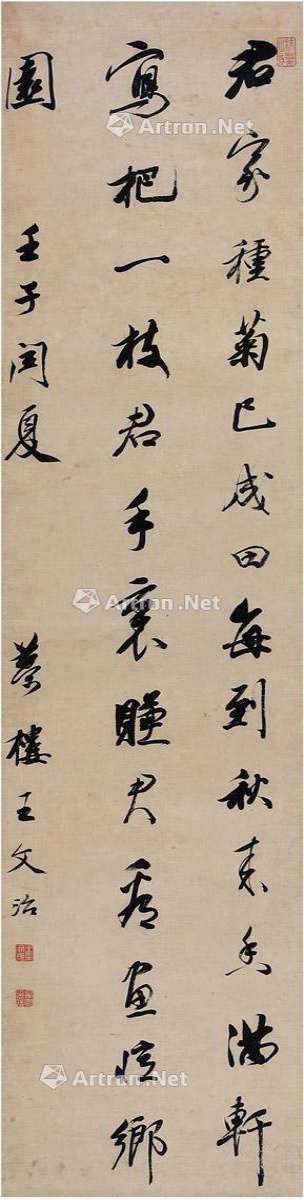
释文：君家种菊已成田，每到秋来香满轩。写把一枝君手里，赚君看画忆乡园。壬子闰夏，梦楼王文治。